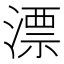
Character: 漂